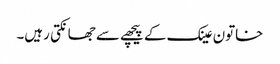
خاتون عینک کے پیچھے سے جھانکتی رہیں۔